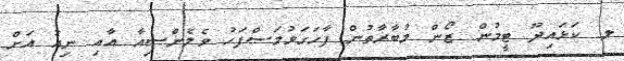
ލ. ކަޅައިދޫ ޓީމުން ޒޯން މުބާރާތުން ފާހަގަވުމަސްފަހު ވެލެންސިއާ އާއި ނިއު އަށް